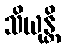
သိယုန္တိ